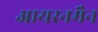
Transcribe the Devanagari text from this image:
आयरनमैन